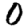
Digit: 0